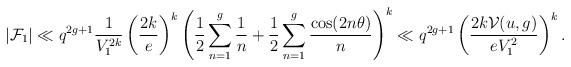
LaTeX: \begin{align*}|\mathcal{F}_1|& \ll q^{2g+1} \frac{1}{V_1^{2k}} \left( \frac{2k}{e} \right)^k \left( \frac{1}{2} \sum_{n=1}^g \frac{1}{n} + \frac{1}{2} \sum_{n=1}^g \frac{\cos(2n \theta)}{n} \right)^k \ll q^{2g+1} \left( \frac{2k \mathcal{V}(u,g)}{e V_1^2} \right)^k .\end{align*}